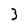
Character: 3